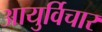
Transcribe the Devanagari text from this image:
आयुर्विचार